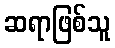
ဆရာဖြစ်သူ